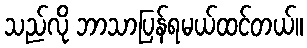
သည်လို ဘာသာပြန်ရမယ်ထင်တယ်။